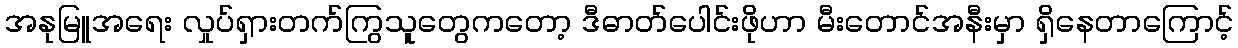
အနုမြူအရေး လှုပ်ရှားတက်ကြွသူတွေကတော့ ဒီဓာတ်ပေါင်းဖိုဟာ မီးတောင်အနီးမှာ ရှိနေတာကြောင့်